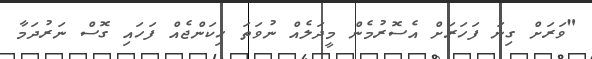
"ވަރަށް ގިނަ ފަހަރަށް އެސޮރުމެން މީދަލެއް ނުވަތަ ހިކަންޖެއް ފަހައި ގޮސް ނަރުދަމާ